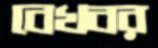
বেখবর